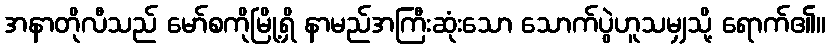
အနာတိုလီသည် မော်စကိုမြို့ရှိ နာမည်အကြီးဆုံးသော သောက်ပွဲဟူသမျှသို့ ရောက်၏။